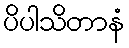
ပိပါသိတာနံ